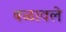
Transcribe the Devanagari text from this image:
बळावले